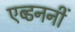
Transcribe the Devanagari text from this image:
एब्डननीं